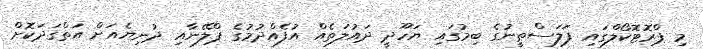
މި ޕްރޮޓޮކޯލްގައި ފަލަސްޠީނުގެ ބިމުގައި ޔަހޫދީ ދައުލަތެއް އުފެއްދުމުގެ ޕްލޭނާއި ދުނިޔެއަށް އަތްގަދަކޮށް